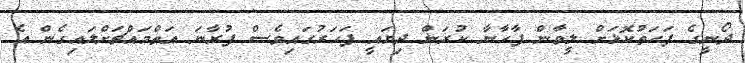
ދޯނީގެ ފަހަތުކޮޅަށް ލީވާން ފާހާނާ ކުރަން ދިޔައީ ފަހަރުގައިވެސް ފުރާނަ އަތްމައްޗަށްލައިގެން އެ